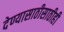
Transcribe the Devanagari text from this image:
देण्यासाठीसाठीही